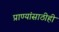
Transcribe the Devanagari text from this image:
प्राण्यांसाठीही